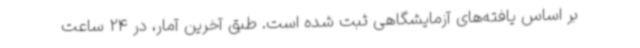
بر اساس یافته‌های آزمایشگاهی ثبت شده است. طبق آخرین آمار، در 24 ساعت